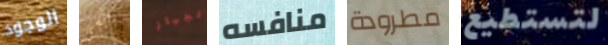
الوجود باتسي لجهاز منافسه مطرودة لتستطيع